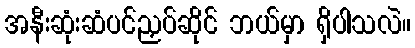
အနီးဆုံးဆံပင်ညှပ်ဆိုင် ဘယ်မှာ ရှိပါသလဲ။